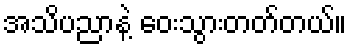
အသိပညာနဲ့ ဝေးသွားတတ်တယ်။